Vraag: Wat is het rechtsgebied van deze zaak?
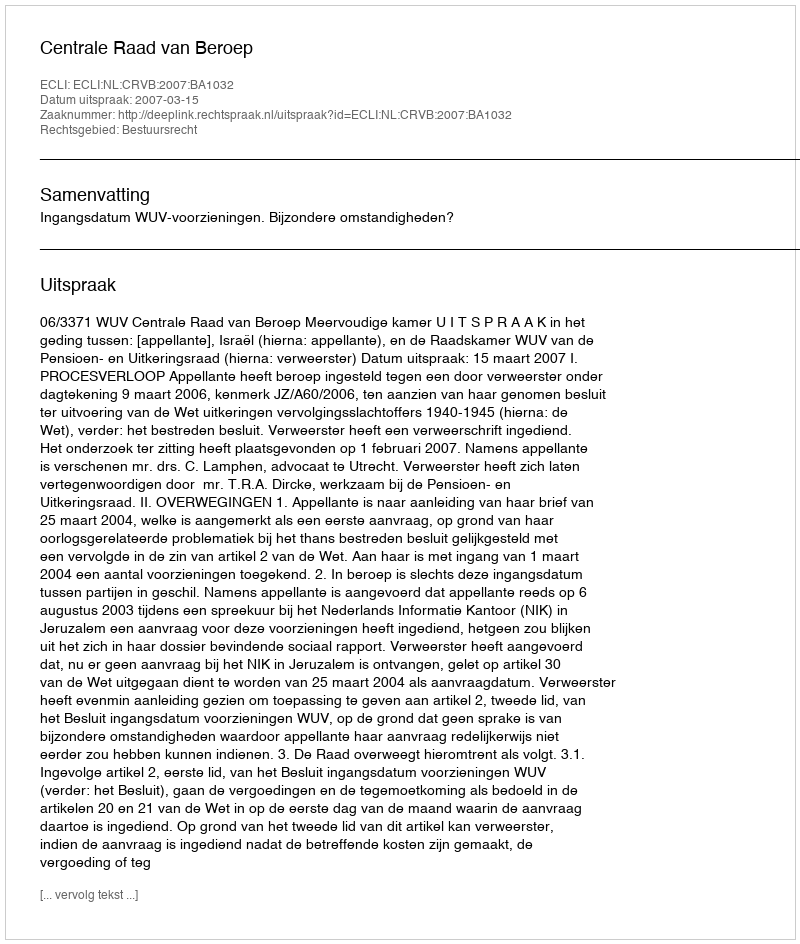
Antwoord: Bestuursrecht